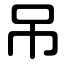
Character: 吊